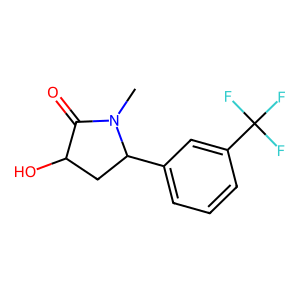
SMILES: CN1C(=O)C(O)CC1c1cccc(C(F)(F)F)c1
Inhibits HIV replication: No